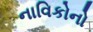
નાવિકોનો